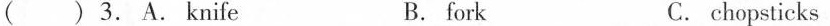
( ) 3. A. knife B. fork C.chopsticks